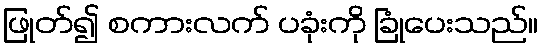
ဖြုတ်၍ စကားလက် ပခုံးကို ခြုံပေးသည်။